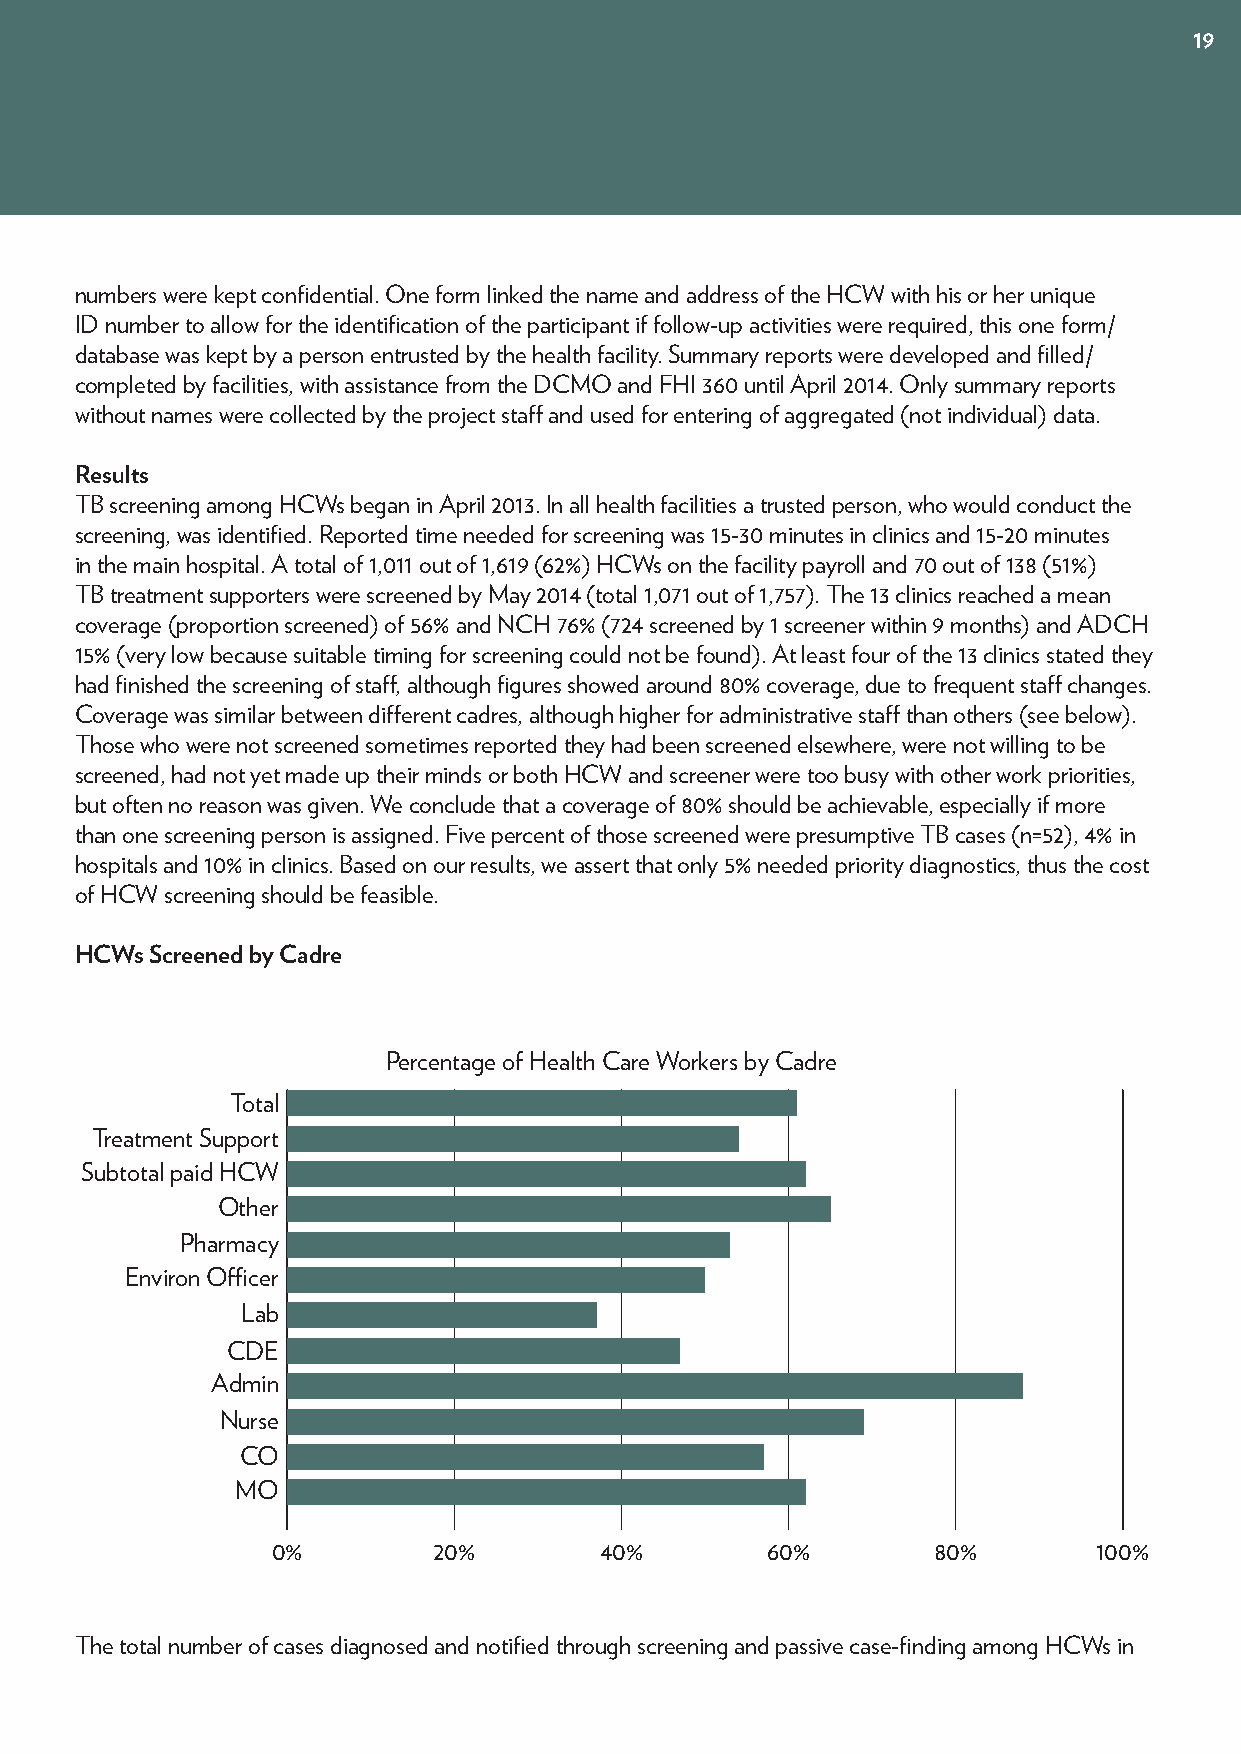
19
 numbers were kept confidential. One form linked the name and address of the HCW with his or her unique
 ID number to allow for the identification of the participant if follow-up activities were required, this one form/
 database was kept by a person entrusted by the health facility. Summary reports were developed and filled/
 completed by facilities, with assistance from the DCMO and FHI 360 until April 2014. Only summary reports
 without names were collected by the project staff and used for entering of aggregated (not individual) data.
 Results
 TB screening among HCWs began in April 2013. In all health facilities a trusted person, who would conduct the
 screening, was identified. Reported time needed for screening was 15-30 minutes in clinics and 15-20 minutes
 in the main hospital. A total of 1,011 out of 1,619 (62%) HCWs on the facility payroll and 70 out of 138 (51%)
 TB treatment supporters were screened by May 2014 (total 1,071 out of 1,757). The 13 clinics reached a mean
 coverage (proportion screened) of 56% and NCH 76% (724 screened by 1 screener within 9 months) and ADCH
 15% (very low because suitable timing for screening could not be found). At least four of the 13 clinics stated they
 had finished the screening of staff, although figures showed around 80% coverage, due to frequent staff changes.
 Coverage was similar between different cadres, although higher for administrative staff than others (see below).
 Those who were not screened sometimes reported they had been screened elsewhere, were not willing to be
 screened, had not yet made up their minds or both HCW and screener were too busy with other work priorities,
 but often no reason was given. We conclude that a coverage of 80% should be achievable, especially if more
 than one screening person is assigned. Five percent of those screened were presumptive TB cases (n=52), 4% in
 hospitals and 10% in clinics. Based on our results, we assert that only 5% needed priority diagnostics, thus the cost
 of HCW screening should be feasible.
 HCWs Screened by Cadre
 Percentage of Health Care Workers by Cadre
 Total
 Treatment Support
 Subtotal paid HCW
 Other
 Pharmacy
 Environ Officer
 Lab
 CDE
 Admin
 Nurse
 CO
 MO
 0%         20%        40%        60%        80%        100%
 The total number of cases diagnosed and notified through screening and passive case-finding among HCWs in